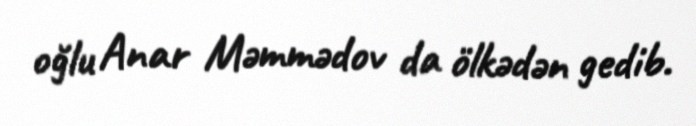
oğlu Anar Məmmədov da ölkədən gedib.